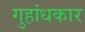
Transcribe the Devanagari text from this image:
गुहांधकार